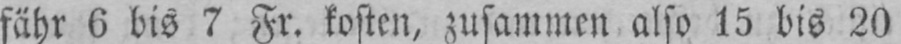
fähr 6 bis 7 Fr. kosten, zusammen also 15 bis 20